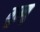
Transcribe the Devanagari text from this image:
मुख्यु